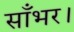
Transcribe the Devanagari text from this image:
साँभर।